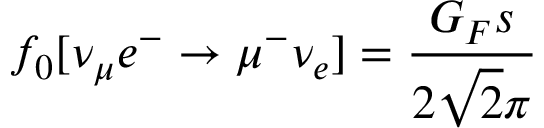
f _ { 0 } [ \nu _ { \mu } e ^ { - } \rightarrow \mu ^ { - } \nu _ { e } ] = \frac { G _ { F } s } { 2 \sqrt 2 \pi }